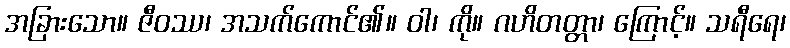
အခြားသော။ ဇီဝဿ၊ အသက်ကောင်၏။ ဝါ၊ ကို။ ဂဟိတတ္တာ၊ ကြောင့်။ သရီရေ၊